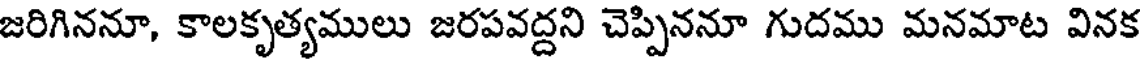
జరిగిననూ, కాలకృత్యములు జరపవద్దని చెప్పిననూ గుదము మనమాట వినక